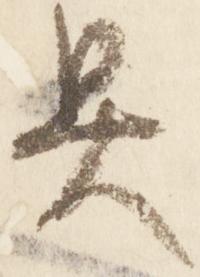
具